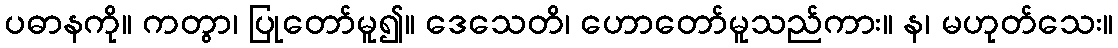
ပဓာနကို။ ကတွာ၊ ပြုတော်မူ၍။ ဒေသေတိ၊ ဟောတော်မူသည်ကား။ န၊ မဟုတ်သေး။